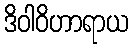
ဒိဝါဝိဟာရာယ